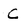
Character: C